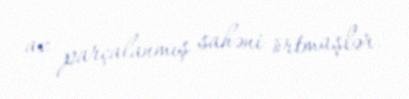
az parçalanmış sahəni örtmüşlər.